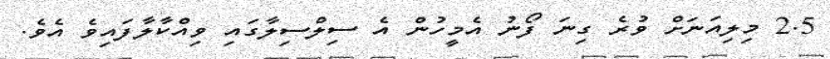
2.5 މިލިއަނަށް ވުރެ ގިނަ ފޯނު އެމީހުން އެ ސިލްސިލާގައި ވިއްކާލާފައިވެ އެވެ.